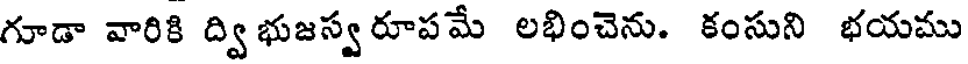
గూడా వారికి ద్విభుజస్వరూపమే లభించెను. కంసుని భయము